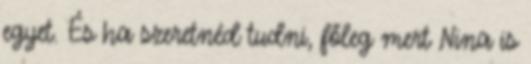
egyet. És ha szeretnéd tudni, főleg mert Nina is